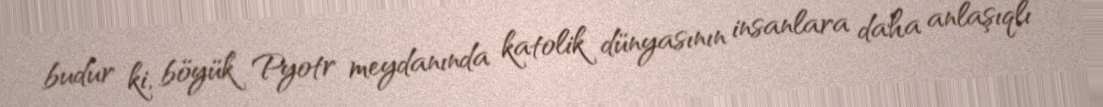
budur ki, böyük Pyotr meydanında katolik dünyasının insanlara daha anlaşıqlı